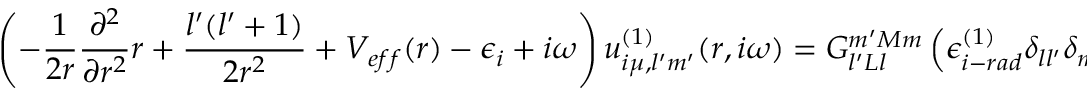
\left( - \frac { 1 } { 2 r } \frac { \partial ^ { 2 } } { \partial r ^ { 2 } } r + \frac { l ^ { \prime } ( l ^ { \prime } + 1 ) } { 2 r ^ { 2 } } + V _ { e f f } ( r ) - \epsilon _ { i } + i \omega \right) u _ { i \mu , l ^ { \prime } m ^ { \prime } } ^ { ( 1 ) } ( r , i \omega ) = G _ { l ^ { \prime } L l } ^ { m ^ { \prime } M m } \left( \epsilon _ { i - r a d } ^ { ( 1 ) } \delta _ { l l ^ { \prime } } \delta _ { m m ^ { \prime } } - V _ { \mu } ^ { ( 1 ) } ( r ) \right) u _ { i , l } ( r ) \, .